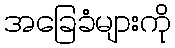
အခြေခံများကို